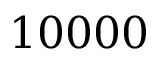
1 0 0 0 0